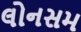
લોનસમ